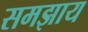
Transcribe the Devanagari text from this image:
समझाय